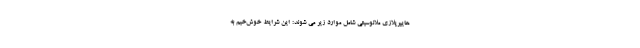
هایپرپلازی ملانوسیتی شامل موارد زیر می شوند: این شرایط خوش‌خیم به